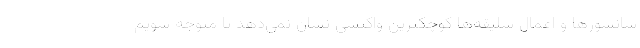
سانسورها و اعمال سلیقه‌ها کوچکترین واکنشی نشان نمی‌دهد تا متوجه شویم